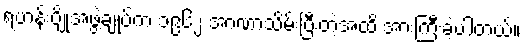
ရဟန်းပျိုအဖွဲ့ချုပ်က ၁၉၆၂ အာဏာသိမ်းပြီးတဲ့အထိ အားကြီးခဲ့ပါတယ်။